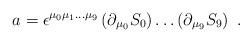
LaTeX: \begin{align*}a = \epsilon^{\mu_0 \mu_1 \dots \mu_9} \left( \partial_{\mu_0} S_0 \right)\dots \left( \partial_{\mu_9} S_{9} \right) \ .\end{align*}